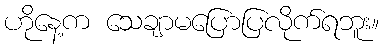
ဟိုနေ့က သေချာမပြောပြလိုက်ရဘူး။